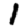
Digit: 1